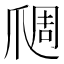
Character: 𬋬